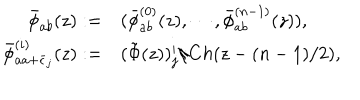
\begin{array} { r l } { { \bar { \phi } _ { a b } ( z ) : = } } & { { ( \bar { \phi } _ { a b } ^ { ( 0 ) } ( z ) , \cdots , \bar { \phi } _ { a b } ^ { ( n - 1 ) } ( z ) ) , } } \\ { { \bar { \phi } _ { a a + \bar { \epsilon } _ { j } } ^ { ( i ) } ( z ) : = } } & { { ( \tilde { \Phi } ( z ) ) _ { j } ^ { i } / C h ( z - ( n - 1 ) / 2 ) , } } \\ \end{array}